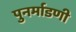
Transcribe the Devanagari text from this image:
पुनर्माडणी